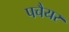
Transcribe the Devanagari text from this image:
पचैयर